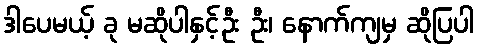
ဒါပေမယ့် ခု မဆိုပါနှင့်ဦး ဦး၊ နောက်ကျမှ ဆိုပြပါ